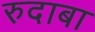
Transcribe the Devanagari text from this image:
रुदाबा